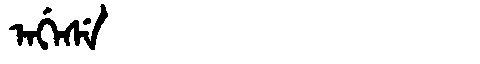
Manchu: ᠠᡤᡝᠰᡝ
Romanization: AGESE